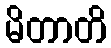
မိတာတိ